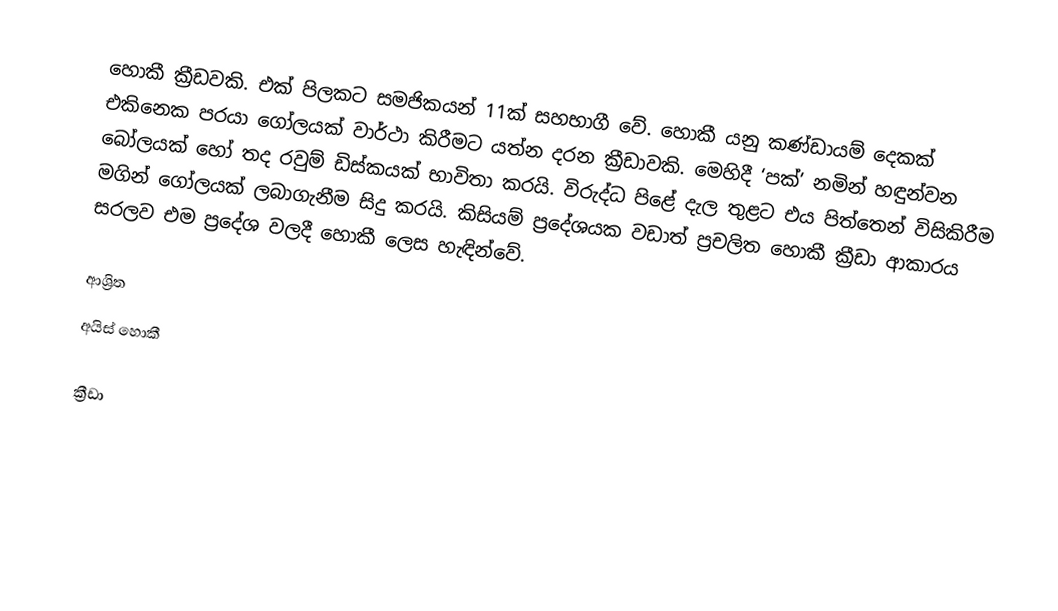
හොකී ක්‍රීඩවකි. එක් පිලකට සමජිකයන් 11ක් සහභාගී වේ. හොකී යනු කණ්ඩායම් දෙකක් එකිනෙක පරයා ගෝලයක් වාර්ථා කිරීමට යත්න දරන ක්‍රීඩාවකි. මෙහිදී ‘පක්’ නමින් හඳුන්වන බෝලයක් හෝ තද රවුම් ඩිස්කයක් භාවිතා කරයි. විරුද්ධ පිළේ දැල තුළට එය පිත්තෙන් විසිකිරීම මගින් ගෝලයක් ලබාගැනීම සිදු කරයි. කිසියම් ප්‍රදේශයක වඩාත් ප්‍රචලිත හොකී ක්‍රීඩා ආකාරය සරලව එම ප්‍රදේශ වලදී හොකී ලෙස හැඳින්වේ.

ආශ්‍රිත
අයිස් හොකී

ක්‍රීඩා